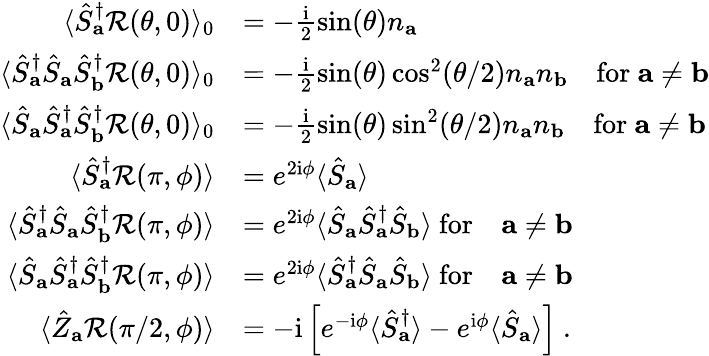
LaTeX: \begin{array}{rl}{\langle\hat{S}_{\mathbf{a}}^{\dagger}\mathcal{R}(\theta,0)\rangle_{0}}&{=-\frac{\mathrm{i}}{2}\sin(\theta)n_{\mathbf{a}}}\\ {\langle\hat{S}_{\mathbf{a}}^{\dagger}\hat{S}_{\mathbf{a}}\hat{S}_{\mathbf{b}}^{\dagger}\mathcal{R}(\theta,0)\rangle_{0}}&{=-\frac{\mathrm{i}}{2}\sin(\theta)\cos^{2}(\theta/2)n_{\mathbf{a}}n_{\mathbf{b}}\quad\mathrm{for}~\mathbf{a}\neq\mathbf{b}}\\ {\langle\hat{S}_{\mathbf{a}}\hat{S}_{\mathbf{a}}^{\dagger}\hat{S}_{\mathbf{b}}^{\dagger}\mathcal{R}(\theta,0)\rangle_{0}}&{=-\frac{\mathrm{i}}{2}\sin(\theta)\sin^{2}(\theta/2)n_{\mathbf{a}}n_{\mathbf{b}}\quad\mathrm{for}~\mathbf{a}\neq\mathbf{b}}\\ {\langle\hat{S}_{\mathbf{a}}^{\dagger}\mathcal{R}(\pi,\phi)\rangle}&{=e^{2\mathrm{i}\phi}\langle\hat{S}_{\mathbf{a}}\rangle}\\ {\langle\hat{S}_{\mathbf{a}}^{\dagger}\hat{S}_{\mathbf{a}}\hat{S}_{\mathbf{b}}^{\dagger}\mathcal{R}(\pi,\phi)\rangle}&{=e^{2\mathrm{i}\phi}\langle\hat{S}_{\mathbf{a}}\hat{S}_{\mathbf{a}}^{\dagger}\hat{S}_{\mathbf{b}}\rangle~\mathrm{for}\quad\mathbf{a}\neq\mathbf{b}}\\ {\langle\hat{S}_{\mathbf{a}}\hat{S}_{\mathbf{a}}^{\dagger}\hat{S}_{\mathbf{b}}^{\dagger}\mathcal{R}(\pi,\phi)\rangle}&{=e^{2\mathrm{i}\phi}\langle\hat{S}_{\mathbf{a}}^{\dagger}\hat{S}_{\mathbf{a}}\hat{S}_{\mathbf{b}}\rangle~\mathrm{for}\quad\mathbf{a}\neq\mathbf{b}}\\ {\langle\hat{Z}_{\mathbf{a}}\mathcal{R}(\pi/2,\phi)\rangle}&{=-\mathrm{i}\left[e^{-\mathrm{i}\phi}\langle\hat{S}_{\mathbf{a}}^{\dagger}\rangle-e^{\mathrm{i}\phi}\langle\hat{S}_{\mathbf{a}}\rangle\right]~.}\end{array}